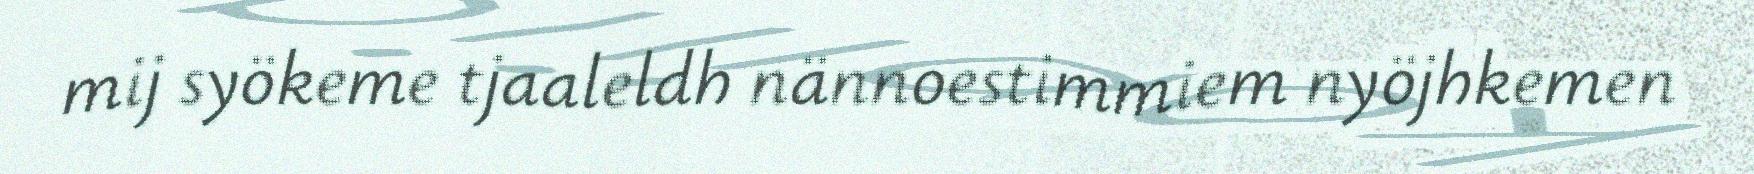
mij syökeme tjaaleldh nännoestimmiem nyöjhkemen